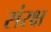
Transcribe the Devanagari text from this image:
संरक्ष